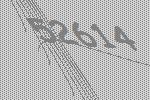
52614